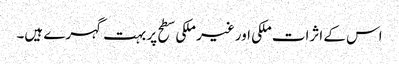
اس کے اثرات ملکی اور غیر ملکی سطح پر بہت گہرے ہیں۔